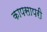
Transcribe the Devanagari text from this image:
कापसापरी